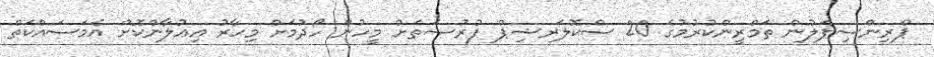
ޕްރިންސިޕަލުން ތަމްރީންކުރުމުގެ 20 ސްކޮލަރޝިޕް ފުރުޞަތަށް މީހުން ހޯދުމަށް މިހާރު އިޢުލާންކޮށް އެމަސައްކަތް